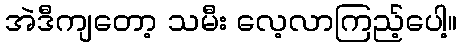
အဲဒီကျတော့ သမီး လေ့လာကြည့်ပေါ့။